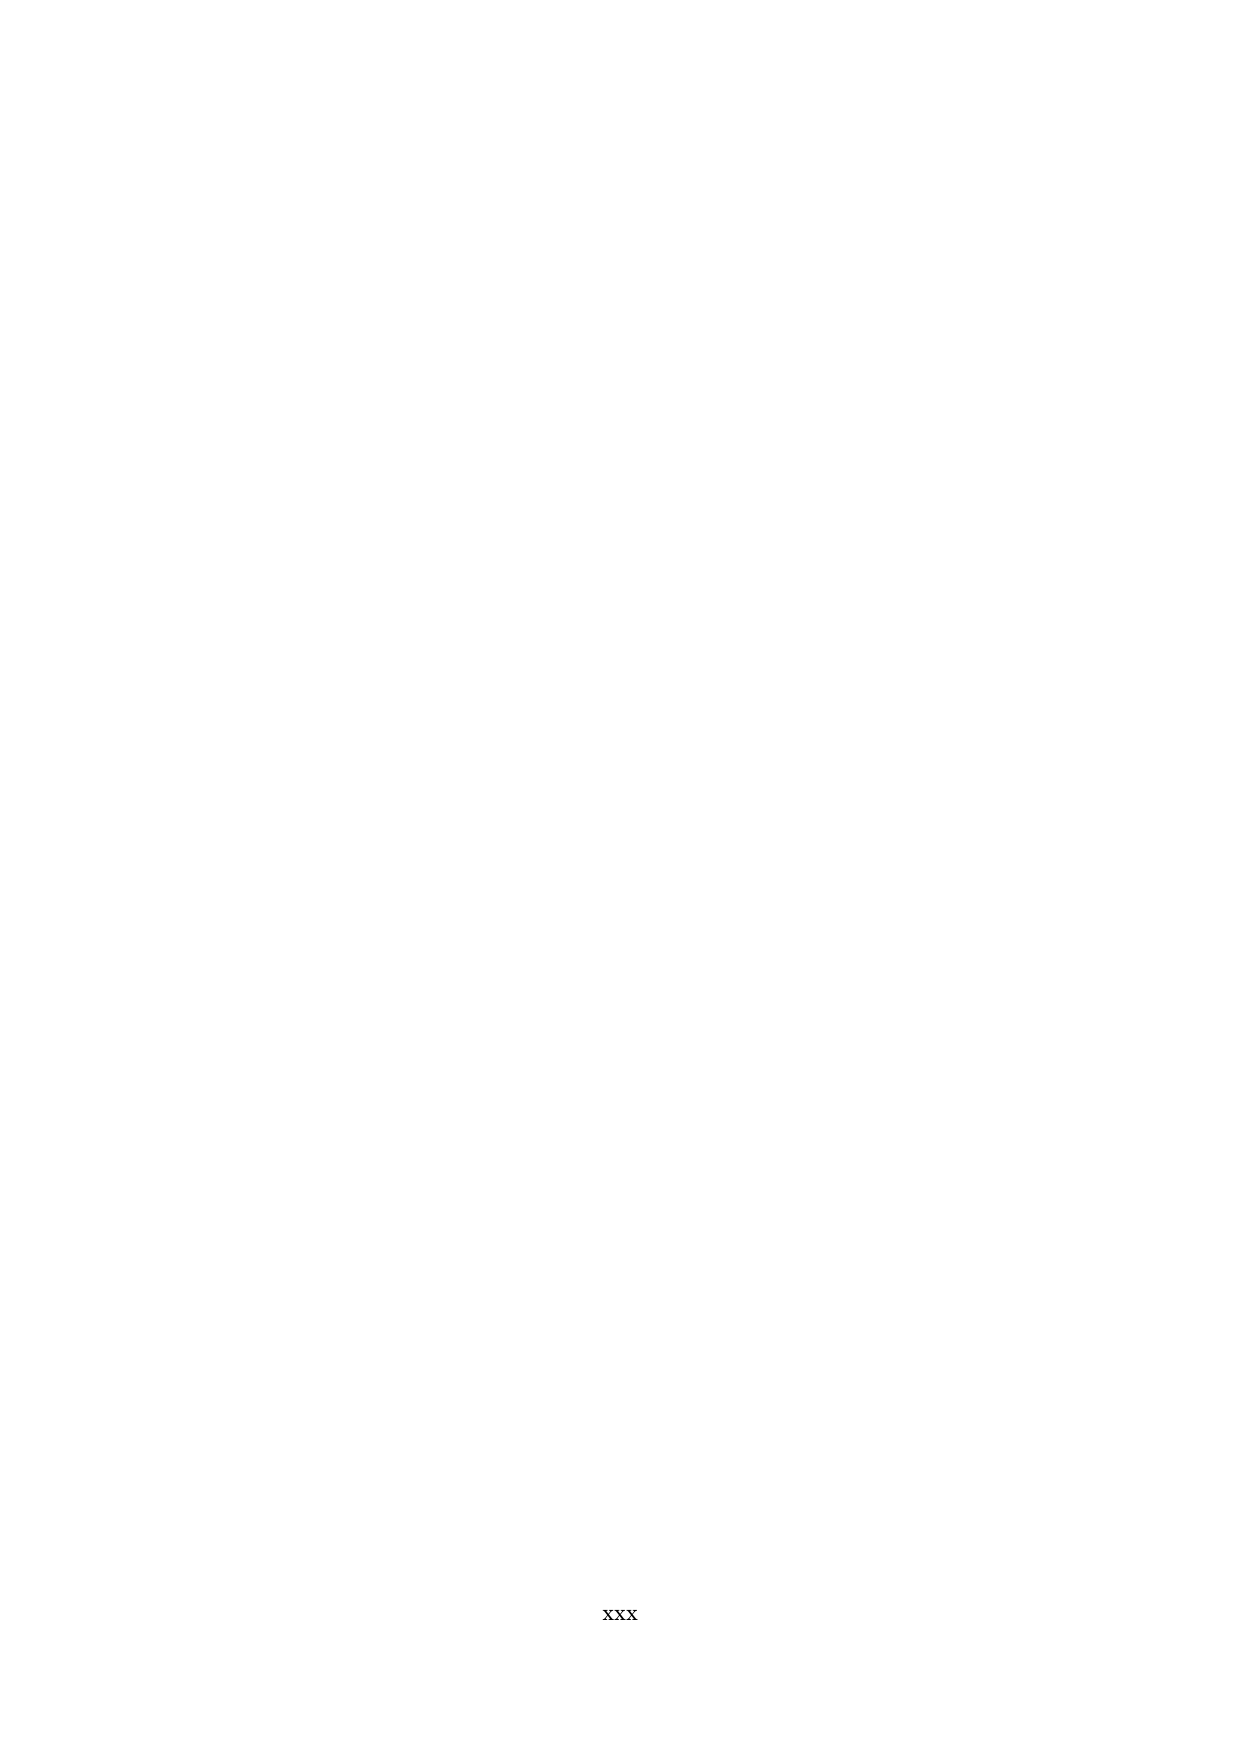
xxx